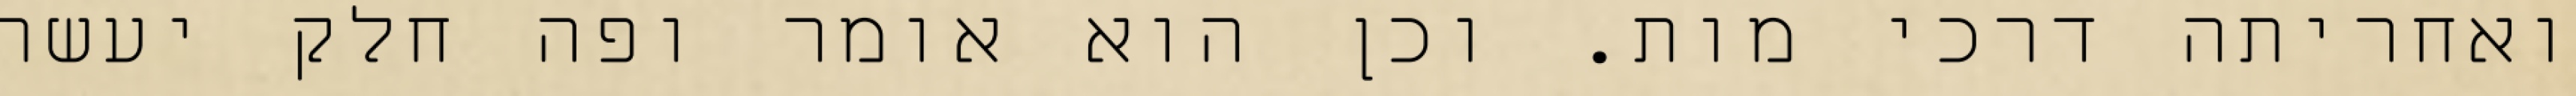
ואחריתה דרכי מות. וכן הוא אומר ופה חלק יעשה